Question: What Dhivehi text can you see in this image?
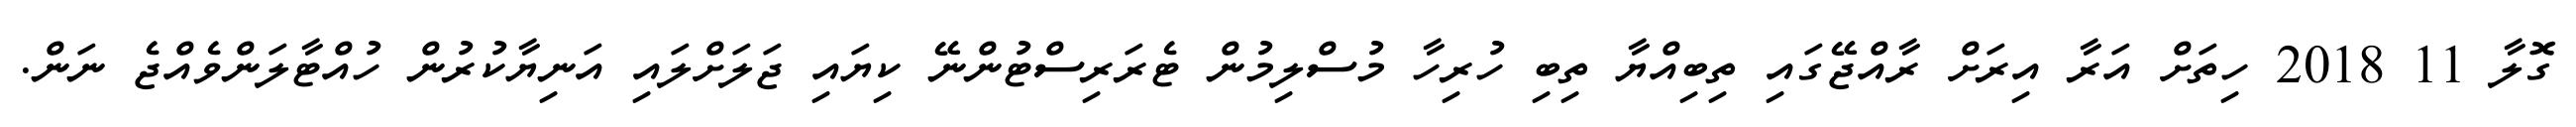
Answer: ގޮލާ 11 2018 ހިތަށް އަރާ އިރަށް ރާއްޖޭގައި ތިބިއްޔާ ތިބި ހުރިހާ މުސްލިމުން ޓެރަރިސްޓުންނޭ ކިޔައި ޖަލަށްލައި އަނިޔާކުރުން ހުއްޓާލަންވެއްޖެ ނަން.